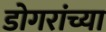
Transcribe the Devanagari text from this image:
डोगरांच्या